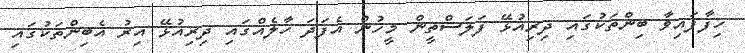
ހިފާފައިވާ ބިންތަކުގައި ދިރިއުޅޭ ފަލަސްތީން މީހުން އެފަދަ ހާލެއްގައި ދިރިއުޅޭ އިރު އެބިންތަކުގައި